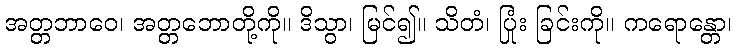
အတ္တဘာဝေ၊ အတ္တဘောတို့ကို။ ဒိသွာ၊ မြင်၍။ သိတံ၊ ပြုံး ခြင်းကို။ ကရောန္တော၊